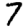
Digit: 7